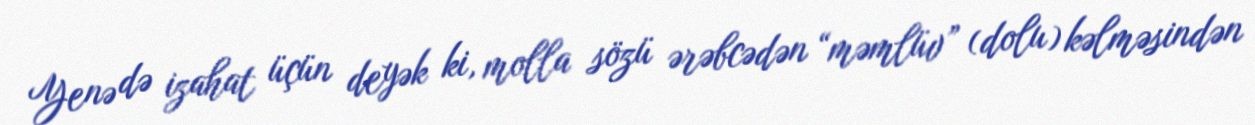
Yenə də izahat üçün deyək ki, molla sözü ərəbcədən “məmlüv” (dolu) kəlməsindən